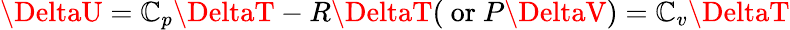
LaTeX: \DeltaU=\mathbb{C}_{p}\DeltaT-R\DeltaT({\mathrm{{~or~}}}P\DeltaV)=\mathbb{C}_{v}\DeltaT